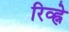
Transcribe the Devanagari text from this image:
रिव्ह्ने